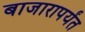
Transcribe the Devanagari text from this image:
बाजारापर्यंत